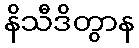
နိသီဒိတွာန